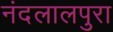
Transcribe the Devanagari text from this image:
नंदलालपुरा